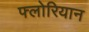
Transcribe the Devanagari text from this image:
फ्लोरियान